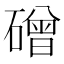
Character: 磳